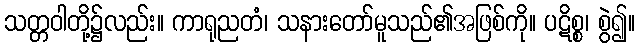
သတ္တဝါတို့၌လည်း။ ကာရုညတံ၊ သနားတော်မူသည်၏အဖြစ်ကို။ ပဋိစ္စ၊ စွဲ၍။